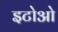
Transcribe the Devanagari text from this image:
इटोओ